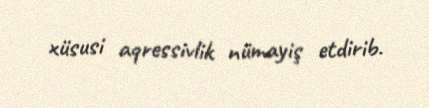
xüsusi aqressivlik nümayiş etdirib.